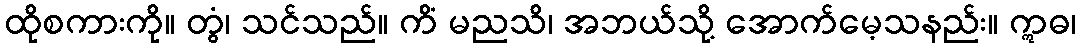
ထိုစကားကို။ တွံ၊ သင်သည်။ ကိံ မညသိ၊ အဘယ်သို့ အောက်မေ့သနည်း။ ဣဓ၊